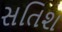
સતિશ